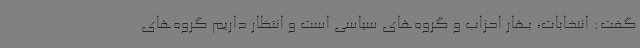
گفت: انتخابات، بهار احزاب و گروه‌های سیاسی است و انتظار داریم گروه‌های